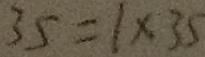
3 5 = 1 \times 3 5